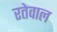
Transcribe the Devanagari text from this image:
रतेवाल